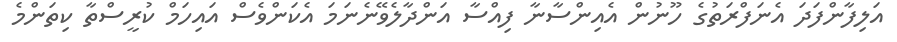
އަލިފާންފަދަ އެނަފްރަތުގެ ހޫނުން އެއިންސާނާ ފިއްސާ އަންދާލެވޭނެނަމަ އެކަންވެސް އައިހަމް ކުރީސްތާ ކިތަންމެ